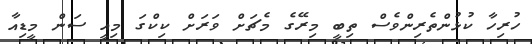
ހުރިހާ ކުޅުންތެރިންވެސް ތިބީ މިރޭގެ މެޗަށް ވަރަށް ކިކްގަ މިއީ ސަން މީޑިއާ